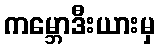
ကမ္ဘောဒီးယားမှ